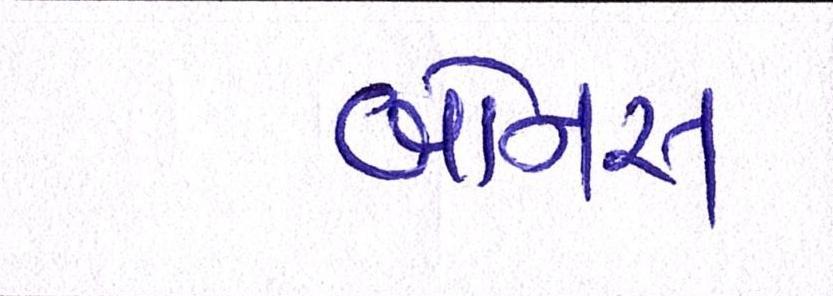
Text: બોનસ